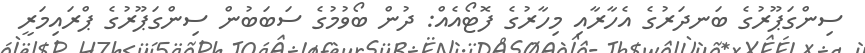
ސިންގަޕޫރުގެ ބަނދަރުގެ އެހާރާއި މިހާރުގެ ފޮޓޯއެއް: ދުން ބޯވުމުގެ ސަބަބުން ސިންގަޕޫރުގެ ޕްރައިމަރީ